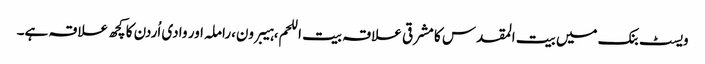
ویسٹ بنک میں بیت المقدس کا مشرقی علاقہ بیت اللحم،ہیبرون،راملہ اور وادی اُردن کا کچھ علاقہ ہے۔